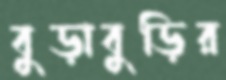
বুড়াবুড়ির